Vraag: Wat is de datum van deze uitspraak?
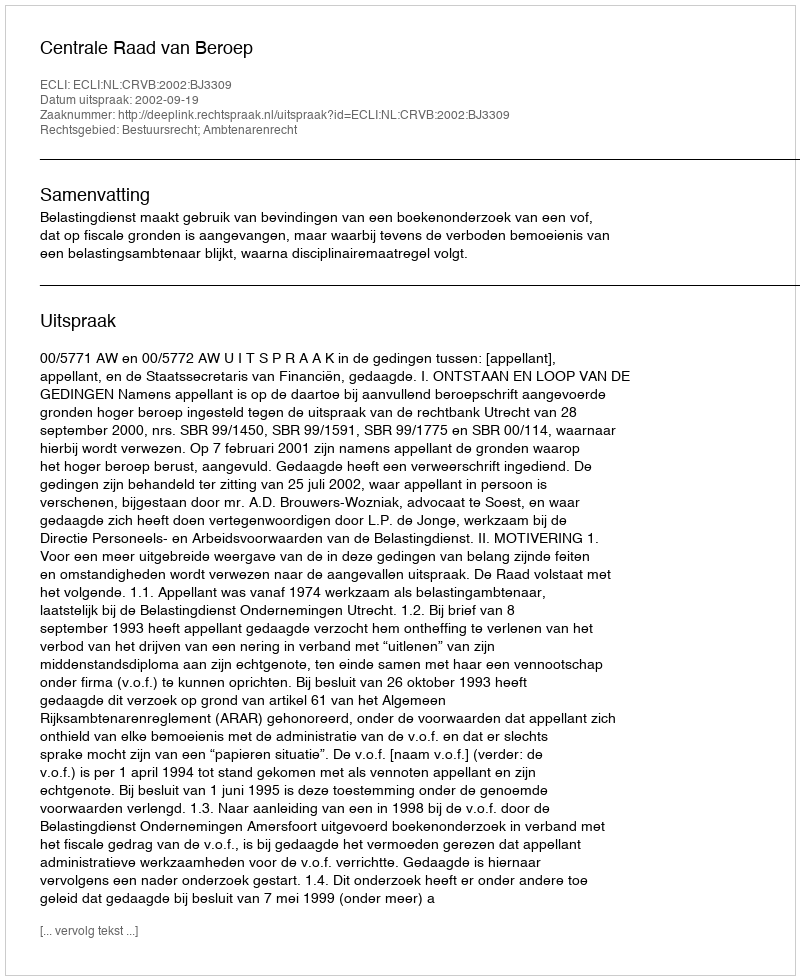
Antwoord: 2002-09-19